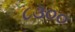
૮૩૦૦